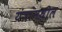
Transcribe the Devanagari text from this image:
यंत्रांमधील